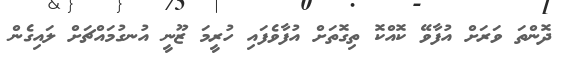
ދޮންތަ ވަރަށް އުފާވޭ ކޮއްކޮ ތިގޮތަށް އުފާވެފައި ހުރީމަ ޒޫނީ އުނގުމައްޗަށް ލައިގެން